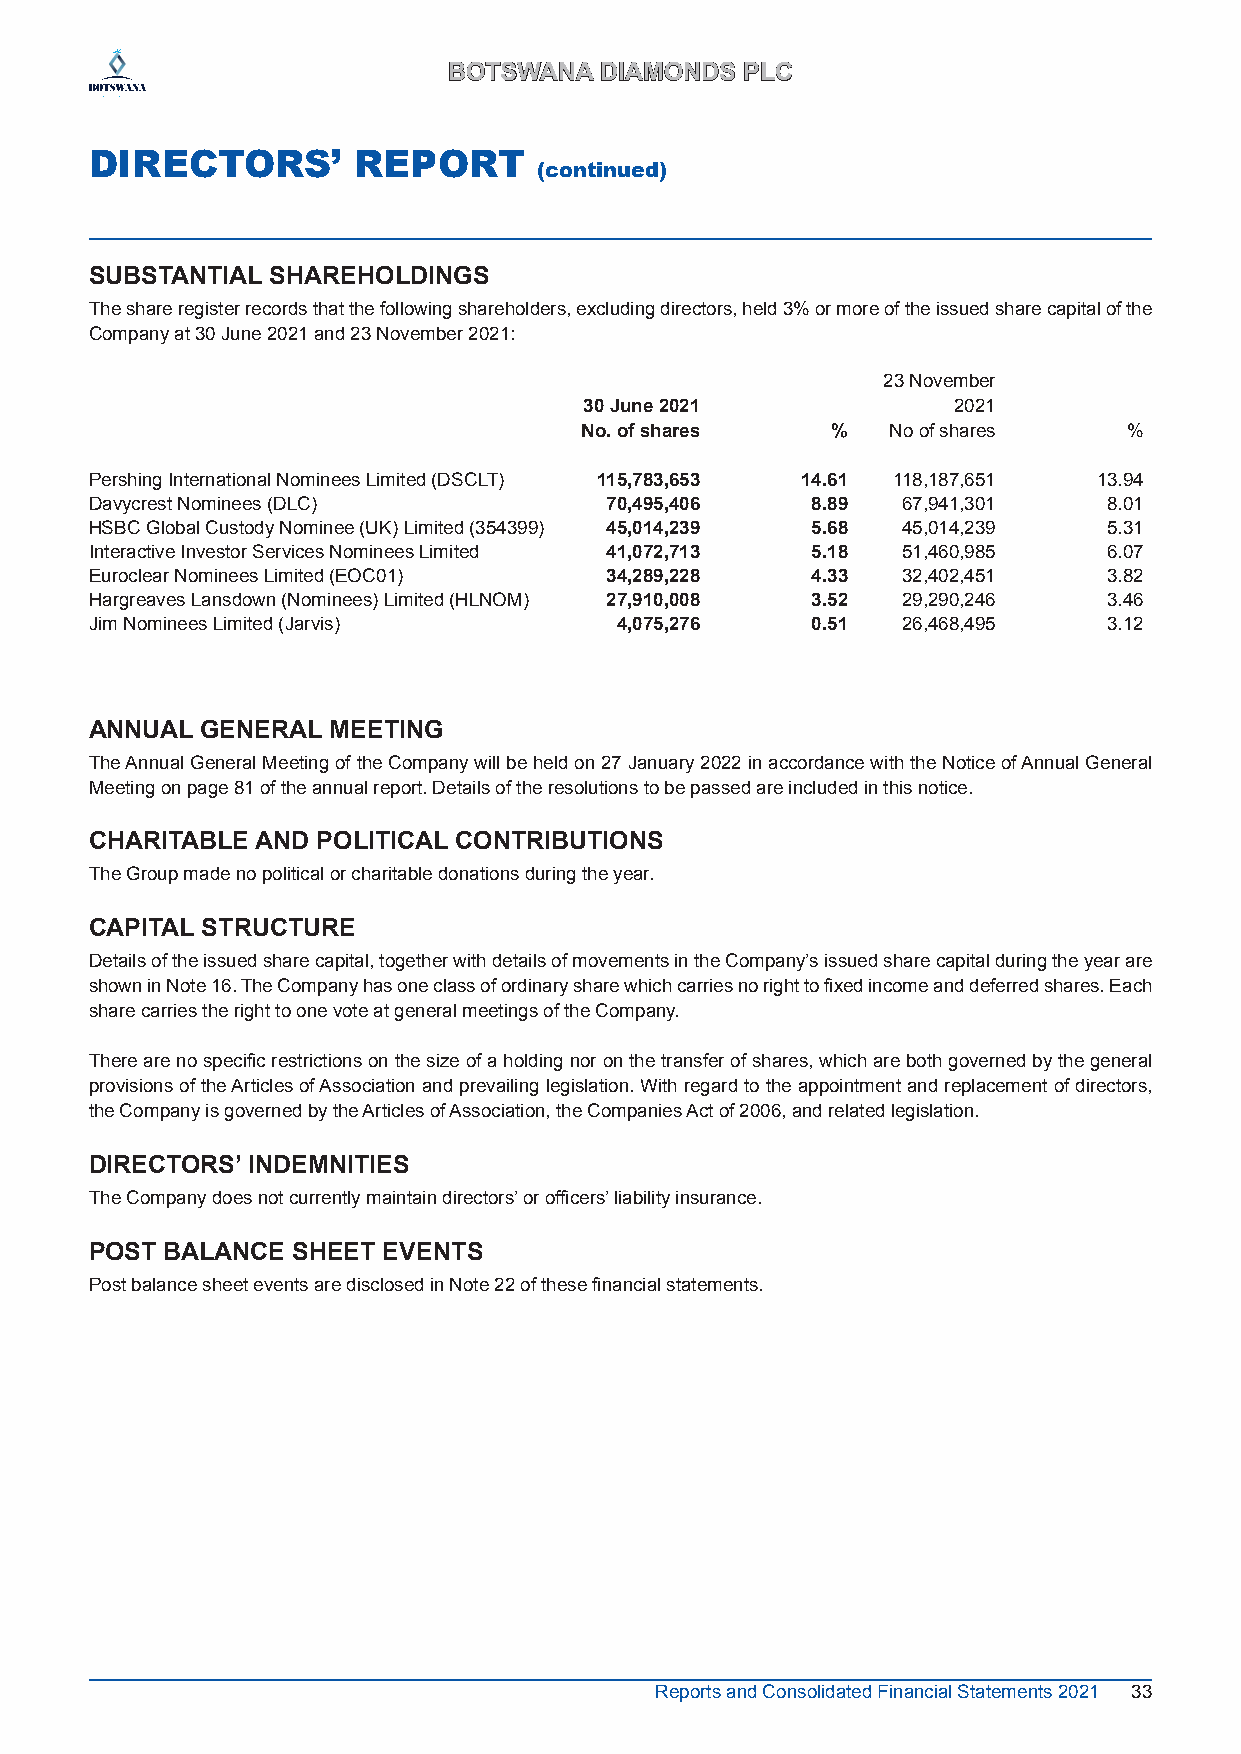
BBOOTTSSWWAANNAA DDIIAAMMOONNDDSS PPLLCC
 DIRECTORS’       REPORT
 (continued)
 SUBSTANTIAL SHAREHOLDINGS
 The share register records that the following shareholders, excluding directors, held 3% or more of the issued share capital of the
 Company at 30 June 2021 and 23 November 2021:
 23 November
 30 June 2021            2021
 No. of shares    %   No of shares    %
 Pershing International Nominees Limited (DSCLT) 115,783,653 14.61 118,187,651 13.94
 Davycrest Nominees (DLC)          70,495,406    8.89  67,941,301   8.01
 HSBC Global Custody Nominee (UK) Limited (354399) 45,014,239 5.68 45,014,239 5.31
 Interactive Investor Services Nominees Limited 41,072,713 5.18 51,460,985 6.07
 Euroclear Nominees Limited (EOC01) 34,289,228   4.33  32,402,451   3.82
 Hargreaves Lansdown (Nominees) Limited (HLNOM) 27,910,008 3.52 29,290,246 3.46
 Jim Nominees Limited (Jarvis)      4,075,276    0.51  26,468,495   3.12
 ANNUAL GENERAL  MEETING
 The Annual General Meeting of the Company will be held on 27 January 2022 in accordance with the Notice of Annual General
 Meeting on page 81 of the annual report. Details of the resolutions to be passed are included in this notice.
 CHARITABLE AND POLITICAL CONTRIBUTIONS
 The Group made no political or charitable donations during the year.
 CAPITAL STRUCTURE
 Details of the issued share capital, together with details of movements in the Company’s issued share capital during the year are
 shown in Note 16. The Company has one class of ordinary share which carries no right to fixed income and deferred shares. Each
 share carries the right to one vote at general meetings of the Company.
 There are no specific restrictions on the size of a holding nor on the transfer of shares, which are both governed by the general
 provisions of the Articles of Association and prevailing legislation. With regard to the appointment and replacement of directors,
 the Company is governed by the Articles of Association, the Companies Act of 2006, and related legislation.
 DIRECTORS’ INDEMNITIES
 The Company does not currently maintain directors’ or officers’ liability insurance.
 POST BALANCE SHEET EVENTS
 Post balance sheet events are disclosed in Note 22 of these financial statements.
 Reports and Consolidated Financial Statements 2021 33